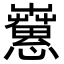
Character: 𢥁